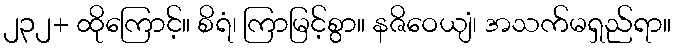
၂၃၂+ ထိုကြောင့်။ စိရံ၊ ကြာမြင့်စွာ။ နဇိဝေယျံ၊ အသက်မရှည်ရာ။